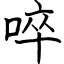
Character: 啐